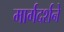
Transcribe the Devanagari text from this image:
मार्गदर्शने